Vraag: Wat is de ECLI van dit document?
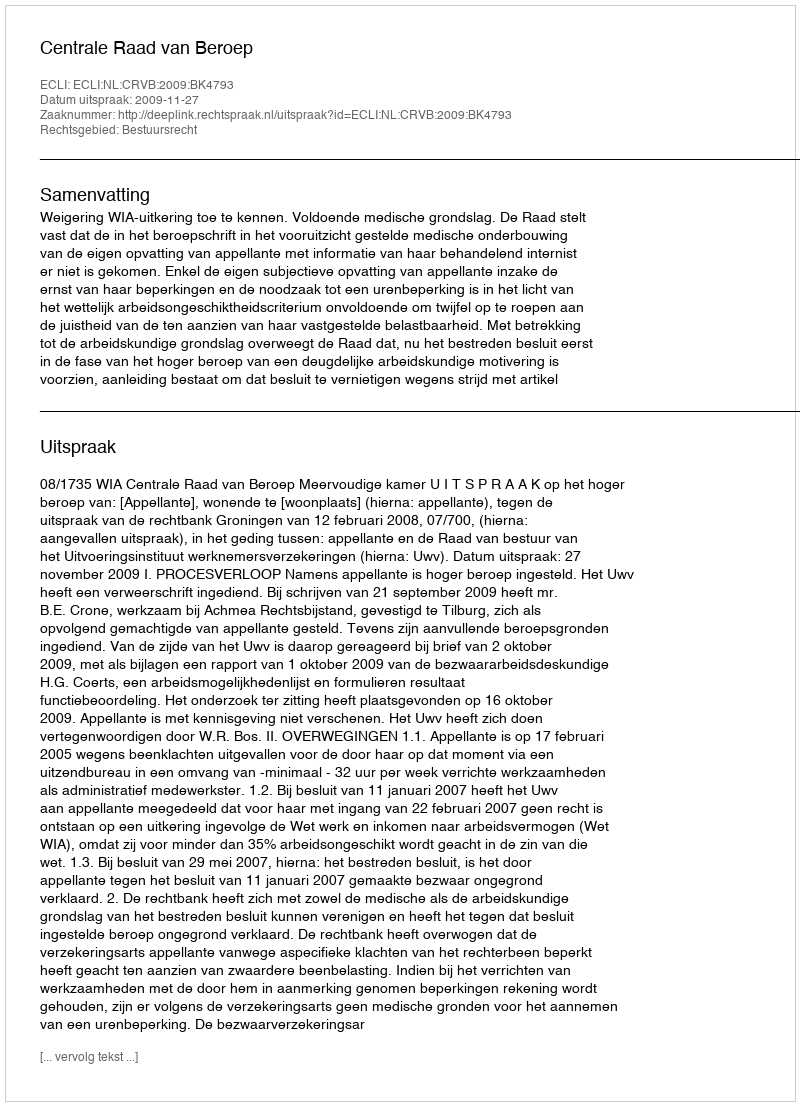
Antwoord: ECLI:NL:CRVB:2009:BK4793